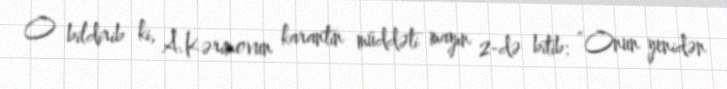
O bildirib ki, A.Kərimovun karantin müddəti mayın 2-də bitib: “Onun yenidən